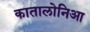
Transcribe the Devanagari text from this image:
कातालोनिआ